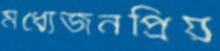
মধ্যেজনপ্রিয়